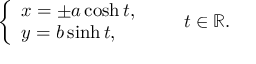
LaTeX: { \left\{ \begin{array} { l l } { x = \pm a \cosh t , } \\ { y = b \sinh t , } \end{array} \right. } \qquad t \in \mathbb { R } .